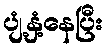
ပျံ့နှံ့နေပြီး